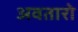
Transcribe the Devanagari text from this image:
अवतारो